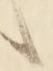
候